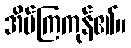
အိပ်ကြကုန်၏။